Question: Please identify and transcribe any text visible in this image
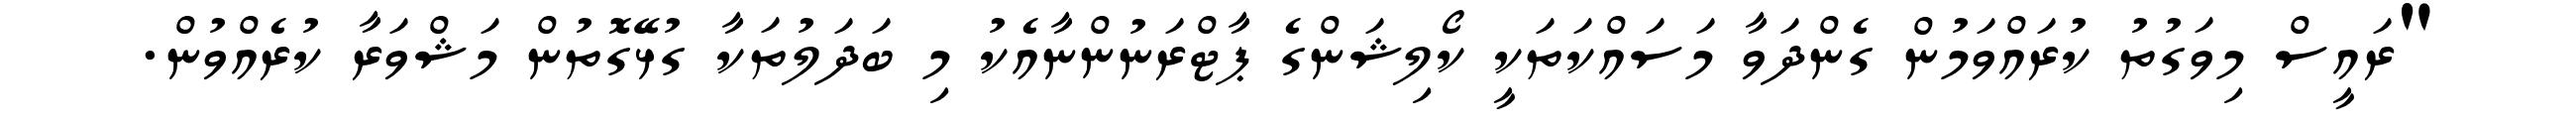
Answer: "ރައީސް މިވަގުތު ކުރައްވަމުން ގެންދަވާ މަސައްކަތަކީ ކޯލިޝަންގެ ޕާޓްރަނުންނާއެކު މި ބަދަލުތަކާ ގުޅޭގޮތުން މަޝްވަރާ ކުރެއްވުން.